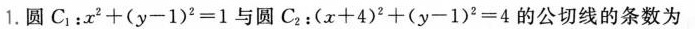
1.圆 C_{1}：x^{2}+(y-1)^{2}=1与圆C_{2}：(x+4)^{2}+(y-1)^{2}=4的公切线的条数为